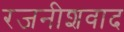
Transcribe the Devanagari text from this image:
रजनीशवाद